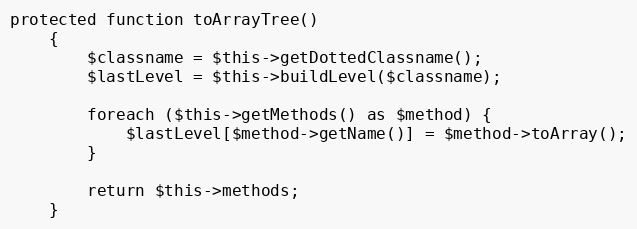
Language: PHP
protected function toArrayTree()
    {
        $classname = $this->getDottedClassname();
        $lastLevel = $this->buildLevel($classname);

        foreach ($this->getMethods() as $method) {
            $lastLevel[$method->getName()] = $method->toArray();
        }

        return $this->methods;
    }